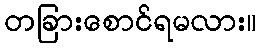
တခြားစောင်ရမလား။